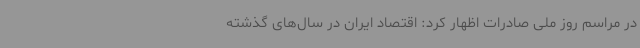
در مراسم روز ملی صادرات اظهار کرد: اقتصاد ایران در سال‌های گذشته